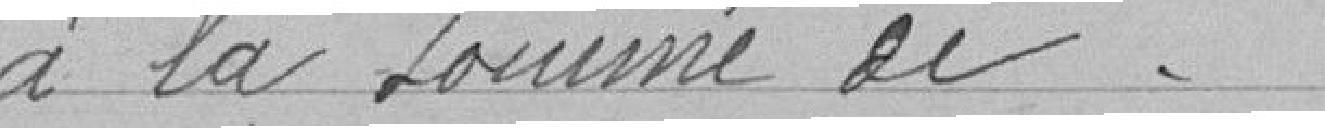
" à la somme de